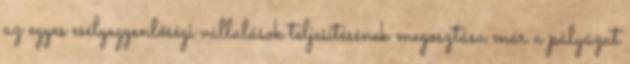
az egyes esélyegyenlőségi vállalások teljesítésének megosztása már a pályázat